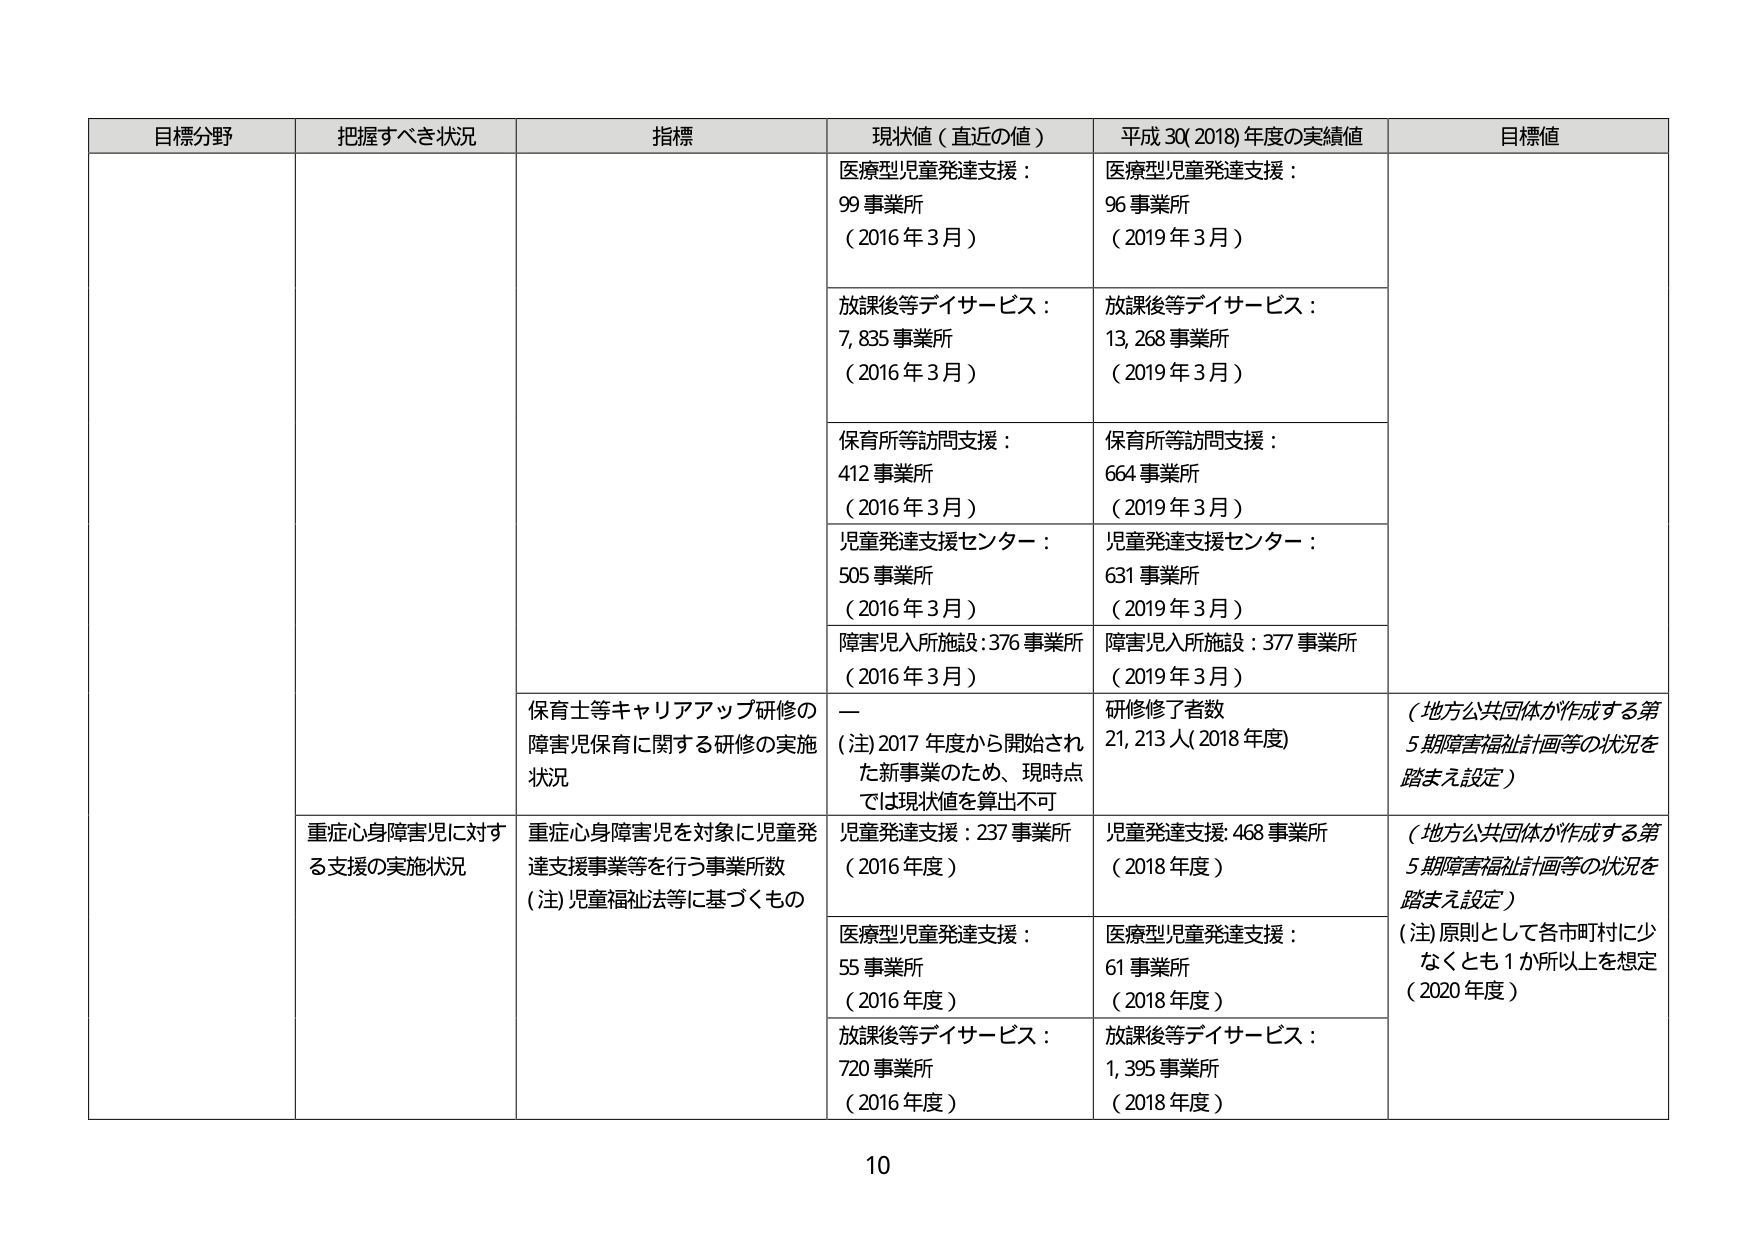
目標分野 把握すべき状況 指標 現状値（直近の値） 平成30(2018)年度の実績値 目標値
医療型児童発達支援： 99事業所 （2016年3月） 医療型児童発達支援： 96事業所 （2019年3月）
放課後等デイサービス： 7,835事業所 （2016年3月） 放課後等デイサービス： 13,268事業所 （2019年3月）
保育所等訪問支援： 412事業所 （2016年3月） 保育所等訪問支援： 664事業所 （2019年3月）
児童発達支援センター： 505事業所 （2016年3月） 児童発達支援センター： 631事業所 （2019年3月）
障害児入所施設：376事業所 （2016年3月） 障害児入所施設：377事業所 （2019年3月）
保育士等キャリアアップ研修の 障害児保育に関する研修の実施 状況 ー （注）2017年度から開始され た新事業のため、現時点 では現状値を算出不可 研修修了者数 21,213人（2018年度） （地方公共団体が作成する第 5期障害福祉計画等の状況を 踏まえ設定）
重症心身障害児に対す る支援の実施状況 重症心身障害児を対象に児童発 達支援事業等を行う事業所数 （注）児童福祉法等に基づくもの 児童発達支援：237事業所 （2016年度） 児童発達支援：468事業所 （2018年度） （地方公共団体が作成する第 5期障害福祉計画等の状況を 踏まえ設定）
医療型児童発達支援： 55事業所 （2016年度） 医療型児童発達支援： 61事業所 （2018年度） （注）原則として各市町村に少 なくとも1か所以上を想定 （2020年度）
放課後等デイサービス： 720事業所 （2016年度） 放課後等デイサービス： 1,395事業所 （2018年度）
10